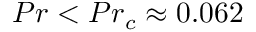
{ P r < P r _ { c } \approx 0 . 0 6 2 }